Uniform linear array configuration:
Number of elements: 8
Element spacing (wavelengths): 1
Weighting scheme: exponential
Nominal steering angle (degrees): -45
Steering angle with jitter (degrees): -43.964
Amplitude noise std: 0.05
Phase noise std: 0.05

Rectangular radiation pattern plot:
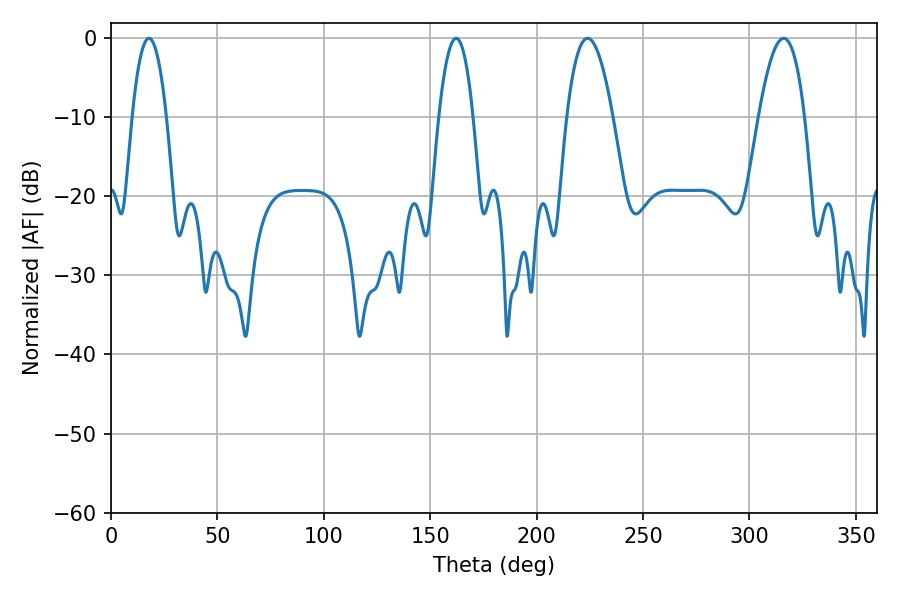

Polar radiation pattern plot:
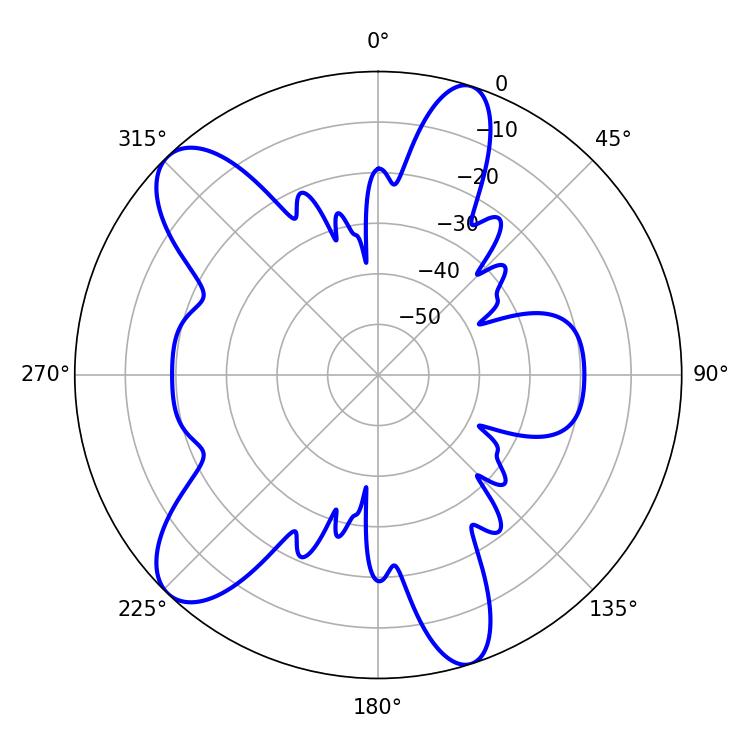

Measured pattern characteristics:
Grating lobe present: TRUE
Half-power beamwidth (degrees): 8.82
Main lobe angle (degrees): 17.82